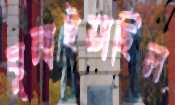
ঘুলাইয়াছিল